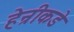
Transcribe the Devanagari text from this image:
हेन्रीकडे